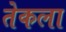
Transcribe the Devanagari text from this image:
तेकला